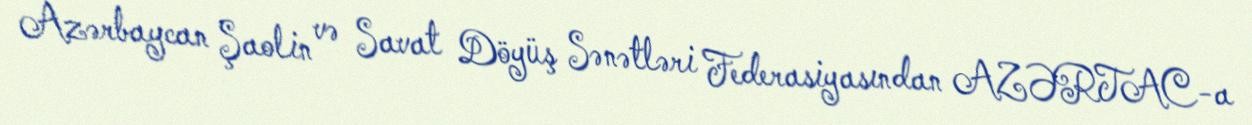
Azərbaycan Şaolin və Savat Döyüş Sənətləri Federasiyasından AZƏRTAC-a